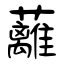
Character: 蘺